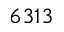
6 3 1 3